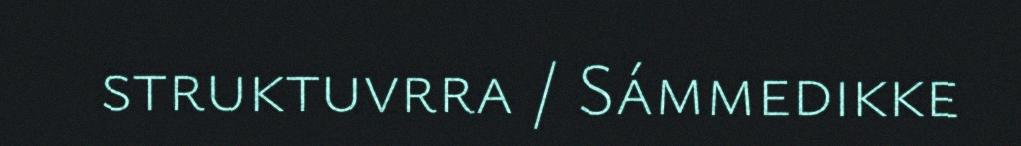
struktuvrra / Sámmedikke